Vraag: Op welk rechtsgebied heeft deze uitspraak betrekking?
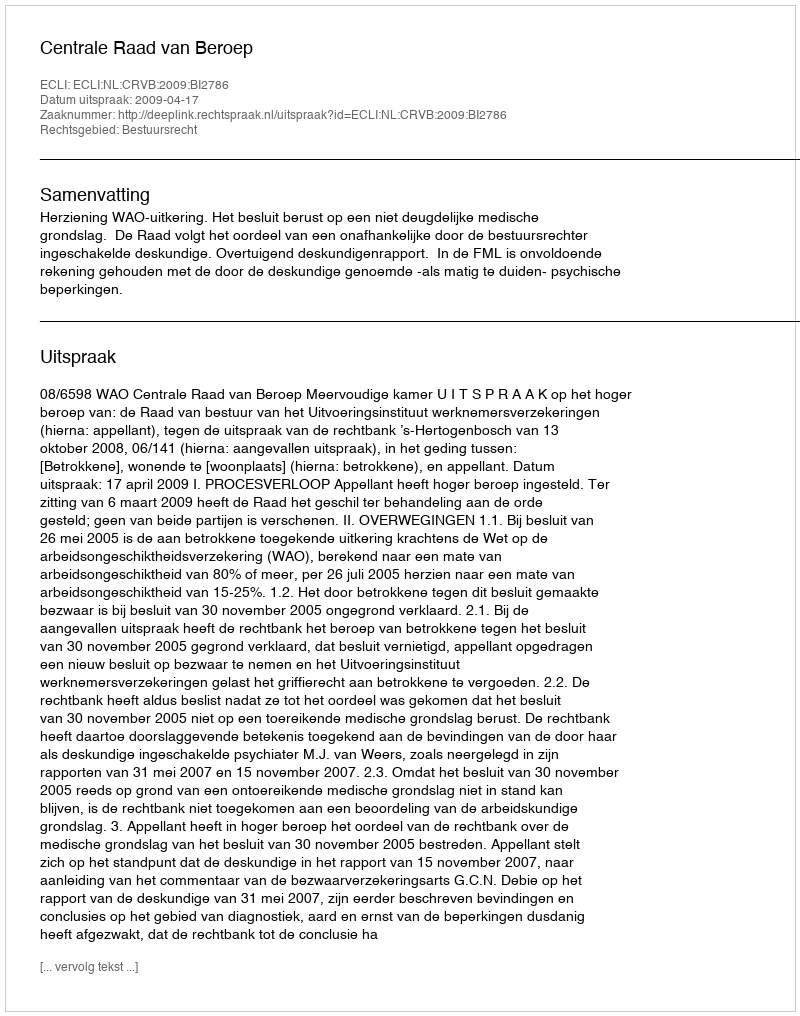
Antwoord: Bestuursrecht